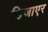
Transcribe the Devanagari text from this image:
डिजाएर